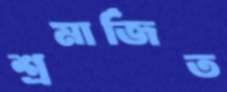
শ্রমার্জিত